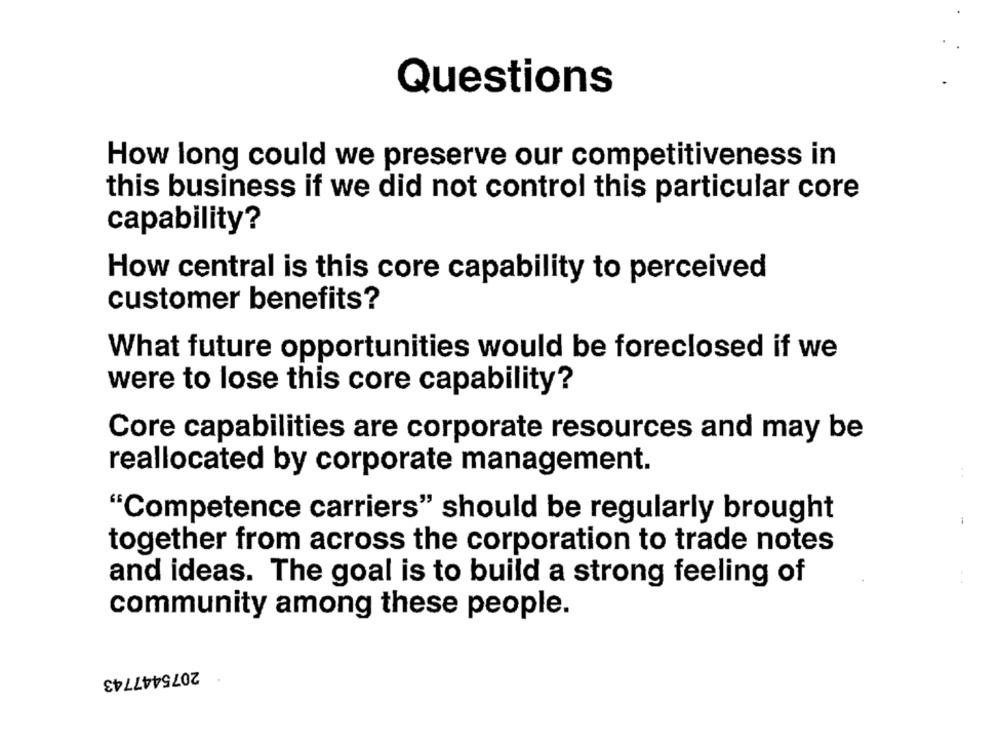
Questions
How long could we preserve our competitiveness in
this business if we did not control this particular core
capability?
How central is this core capability to perceived
customer benefits?
What future opportunities would be foreclosed if we
were to lose this core capability?
Core capabilities are corporate resources and may be
reallocated by corporate management.
"Competence carriers" should be regularly brought
together from across the corporation to trade notes
and ideas. The goal is to build a strong feeling of
community among these people.
2075447743